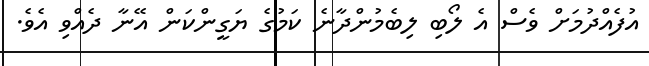
އުފެއްދުމަށް ވެސް އެ ލޯބި ލިބެމުންދާނެ ކަމުގެ ޔަގީންކަން އޭނާ ދެއްވި އެވެ.